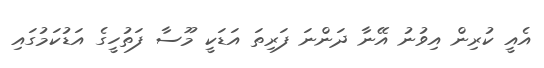
އެއީ ކުރިން އިވުނު އޭނާ ދަންނަ ފަރިތަ އަޑަކީ މޫސާ ފަތުހީގެ އަޑުކަމުގައި